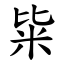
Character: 粊